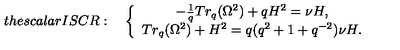
t h e s c a l a r I S C R : \quad \left\{ \begin{array} { c } { - \frac { 1 } { q } T r _ { q } ( \Omega ^ { 2 } ) + q H ^ { 2 } = \nu H , } \\ { T r _ { q } ( \Omega ^ { 2 } ) + H ^ { 2 } = q ( q ^ { 2 } + 1 + q ^ { - 2 } ) \nu H . } \\ \end{array} \right.